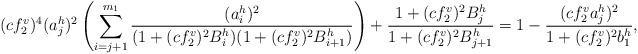
LaTeX: \begin{align*}(cf_2^v)^4(a_j^h)^2\left(\sum_{i=j+1}^{m_1}\frac{(a_i^h)^2}{(1+(cf_2^v)^2B_i^h)(1+(cf_2^v)^2B_{i+1}^h)}\right)+\frac{1+(cf_2^v)^2B_j^h}{1+(cf_2^v)^2B_{j+1}^h}=1-\frac{(cf_2^va_j^h)^2}{1+(cf_2^v)^2b_1^h},\end{align*}